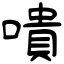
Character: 嘳